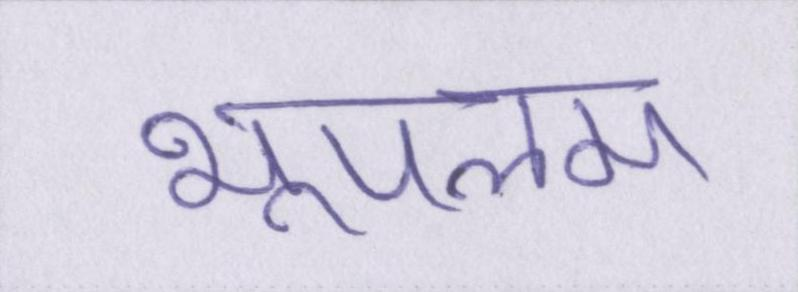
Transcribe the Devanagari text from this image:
भूपलम